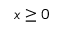
x \geq 0